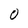
Character: 0